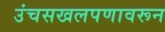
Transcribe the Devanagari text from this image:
उंचसखलपणावरून